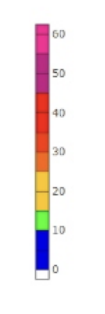
Blue: 0 to 10
Green: 10 to 15
Yellow: 15 to 25
Orange: 25 to 30
Dark Orange: 30 to 35
Red: 35 to 45
Magenta: 45 to 55
Pink: 55 to 63